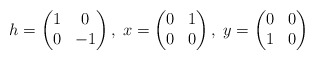
\begin{align*}h=\left( \begin{matrix} 1 & 0 \\ 0 & -1 \end{matrix} \right), \; x=\left( \begin{matrix} 0 & 1 \\ 0 & 0 \end{matrix} \right), \; y=\left( \begin{matrix} 0 & 0 \\ 1 & 0 \end{matrix} \right)\end{align*}